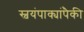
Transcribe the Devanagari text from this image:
स्वयंपाक्यांपैकी